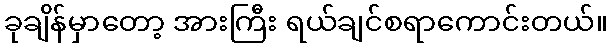
ခုချိန်မှာတော့ အားကြီး ရယ်ချင်စရာကောင်းတယ်။